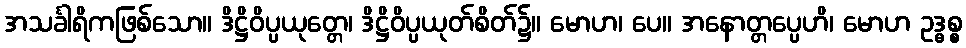
အသင်္ခါရိကဖြစ်သော။ ဒိဋ္ဌိဝိပ္ပယုတ္တေ၊ ဒိဋ္ဌိဝိပ္ပယုတ်စိတ်၌။ မောဟ၊ ပေ။ အနောတ္တပ္ပေဟိ၊ မောဟ ဥဒ္ဓစ္စ